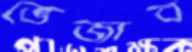
ভেজাব